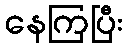
နေကြပြီး